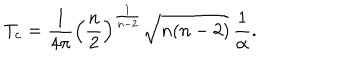
LaTeX: T _ { c } = \frac { 1 } { 4 \pi } \left( \frac { n } { 2 } \right) ^ { \frac { 1 } { n - 2 } } \sqrt { n ( n - 2 ) } \, \frac { 1 } { \alpha } .